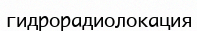
гидрорадиолокация